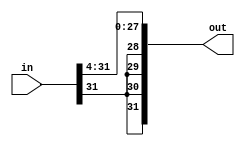
module shiftRight4(in, out);

	input [31:0] in;
	
	output [31:0] out;
	
	assign out[27:0] = in[31:4];
	assign out[31:28] = {4{in[31]}};

endmodule